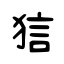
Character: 狺